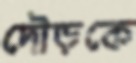
দৌড়কে